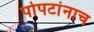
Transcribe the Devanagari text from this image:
पोपटांनाच